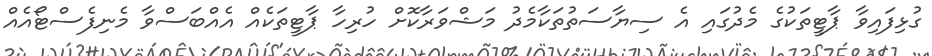
ގުޅިފައިވާ ޕާޓީތަކުގެ މެދުގައި އެ ސިޔާސަތުތަކާމެދު މަޝްވަރާކޮށް ހުރިހާ ޕާޓީތަކެއް އެއްބަސްވާ މެނިފެސްޓޯއެއް